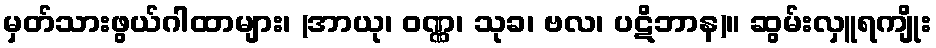
မှတ်သားဖွယ်ဂါထာများ၊ (အာယု၊ ဝဏ္ဏ၊ သုခ၊ ဗလ၊ ပဋိဘာန)။ ဆွမ်းလှူရကျိုး